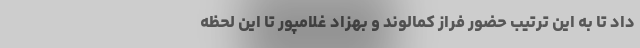
داد تا به این ترتیب حضور فراز کمالوند و بهزاد غلامپور تا این لحظه